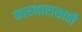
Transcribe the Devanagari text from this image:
कारभारासाठी